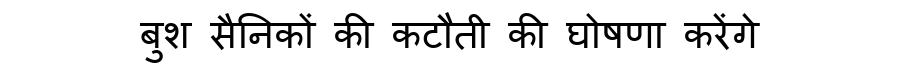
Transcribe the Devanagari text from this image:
बुश सैनिकों की कटौती की घोषणा करेंगे